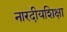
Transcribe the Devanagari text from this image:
नारदीयशिक्षा